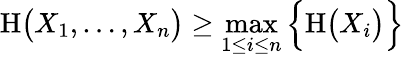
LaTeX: \mathrm{H}{\bigl(}X_{1},\ldots,X_{n}{\bigr)}\geq\operatorname*{max}_{1\leq i\leq n}{\Bigl\{ }\mathrm{H}{\bigl(}X_{i}{\bigr)}{\Bigr\} }